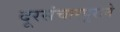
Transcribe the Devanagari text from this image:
दूरसंचारपुराने